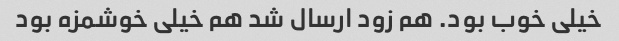
خیلی خوب بود. هم زود ارسال شد هم خیلی خوشمزه بود